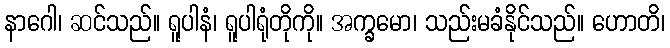
နာဂေါ၊ ဆင်သည်။ ရူပါနံ၊ ရူပါရုံတိုကို။ အက္ခမော၊ သည်းမခံနိုင်သည်။ ဟောတိ၊